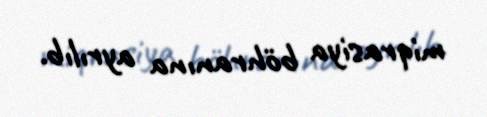
miqrasiya böhranına ayrılıb.